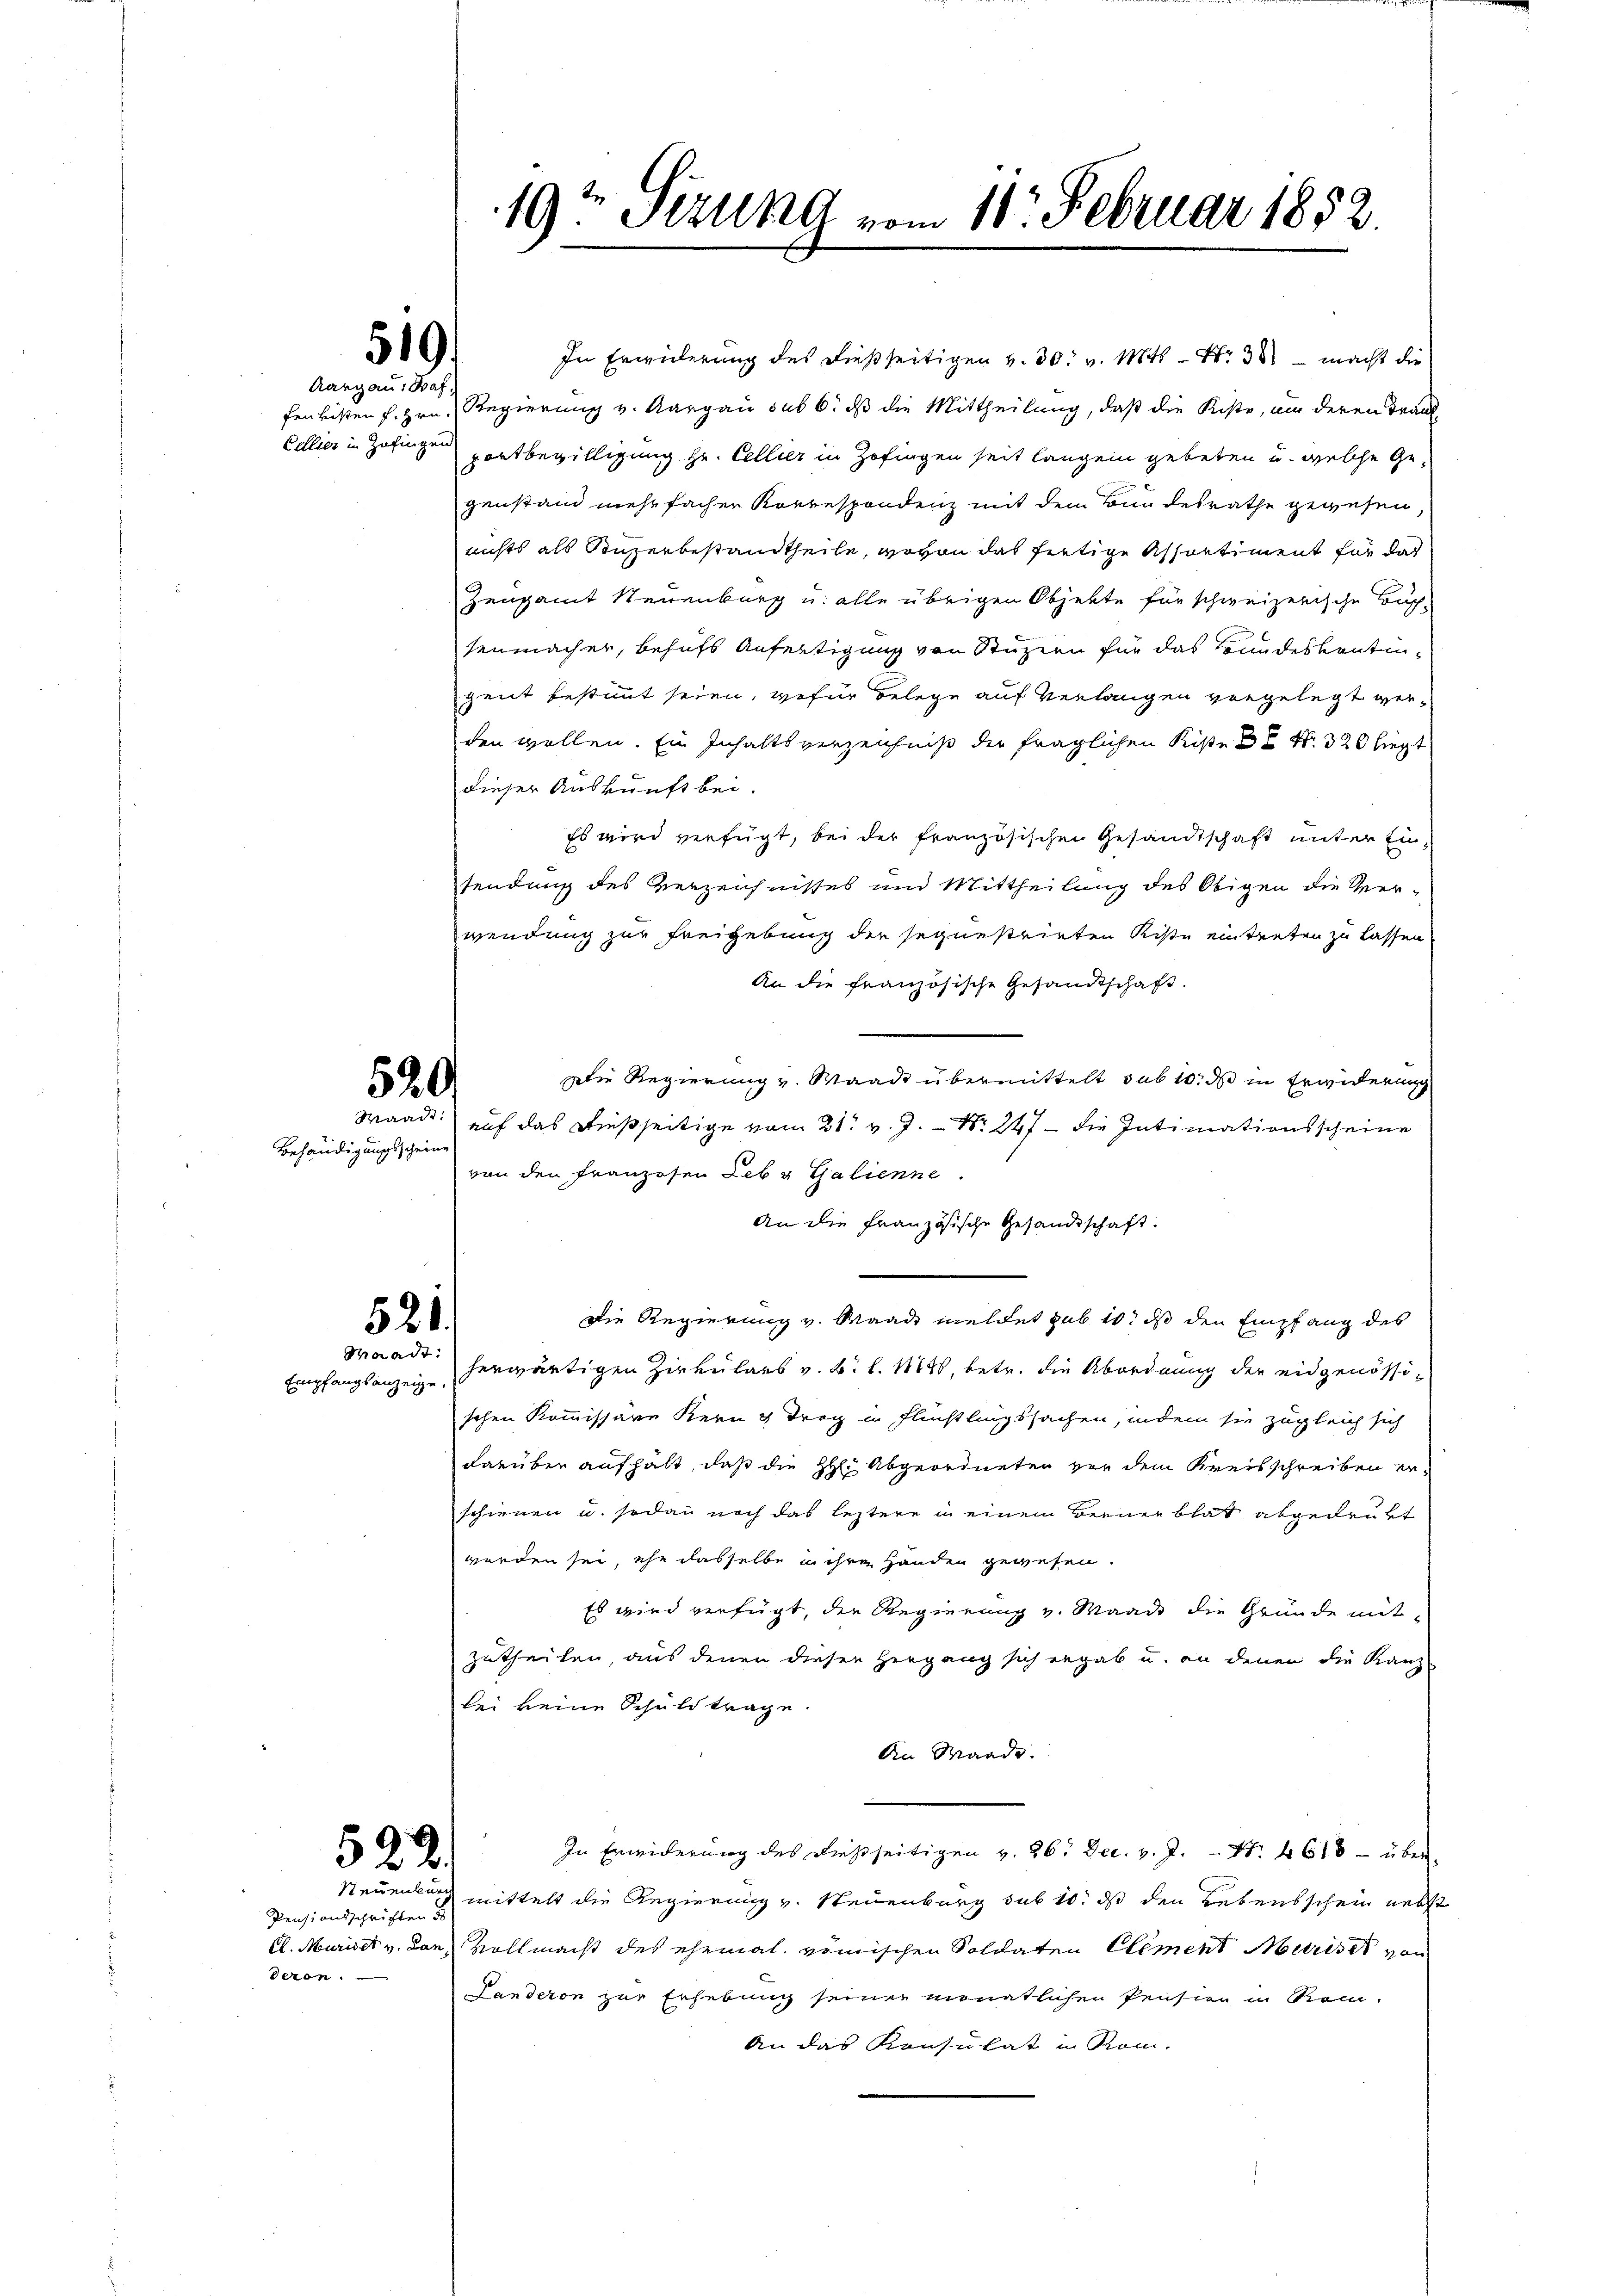
519.
Aargau, Baf¬

520

Behändigungsscheine

521.
Waadt:

Empfangsanzeige.

E
 22.

Pensionsschriften
deron:

In Erwiderung des dießseitigen v. 30. v. Mts. N. 3 macht die
fenlisten F. Hrn. Regierung v. Aargau sub 6. ds die Mittheilung, daß die Kiste, um deren Trand
Dellier in Zofingen portbewilligung Hr. Cellier in Zofingen seit langen gebeten u. welche Gegenstand mehrfacher Korrespondenz mit dem Bundesrathe gewesen
nichts als Stuserbestandtheile, wovon das fertige Assartiment für das
Zeugamt Neuenburg u. alle übrigen Objekte für schweizerische Buch
tenmacher, behufs Anfertigung von Stüzien für das Bundeskontinzent bestimmt seien, wofür belege auf Verlangen vorgelegt werden wollen. Ein Inhaltsverzeichnis die fraglichen Riße de Nr. 320 liegt
dieser Auskunft bei.
Es wird verfügt, bei der französischen Gesandtschaft unter Einsendung des Verzeichnisses und Mittheilung des Obigen die Ver-
wendung zur Freigebung der seguestrirten Ritte eintreten zu lassen
An die französische Gesandtschaft.
Die Regierung v. Waadt übermittelt sub 10. ds in Erwiderung
Waadt auf das dießseitige vom 21. v. J. N. 247 - die Intimationsscheine
von den Franzosen Leb u. Galienne.
An die Französische Gesandtschaft.
Die Regierung v. Waadt meldet sub 10. ds den Empfang des
herwärtigen Zirkulars v. B. l. 114, betr. die Abordnung der eidgenössischen Kommissäre Kern & Trog in Flüßlingssachen, indem sie zugleich sich
darüber aufhält, daß die H: Abgeordneten vor dem Kreisschreiben erschienen u. sodann noch das leztere in einem Bernenblat abgedrukt
werden sei, ehe dasselbe in ihre Handen gewesen.
Es wird verfügt, die Regierung v. Waadt die Gründe mitzutheilen, aus denen dieser Hergang sich ergab u. an denen die Kanz-
bei keine Schuld trage
An Waade.
In Erwiderung des dießseitigen v. 26. Dec. v. J. Nr. 4610 – über¬
Neuenburg mittelt die Regierung v. Neuenburg sub 10. ds den Lebensschein nebst
Cl. Muricet v. Jan. Vollmacht des ehemal. römischen Soldaten Element Marises von
Panderen zur Erhebung seiner monatlichen Pensier in Rom-
An das Konsulat in Rom.

19t Sezung vom 11. Februar 1882